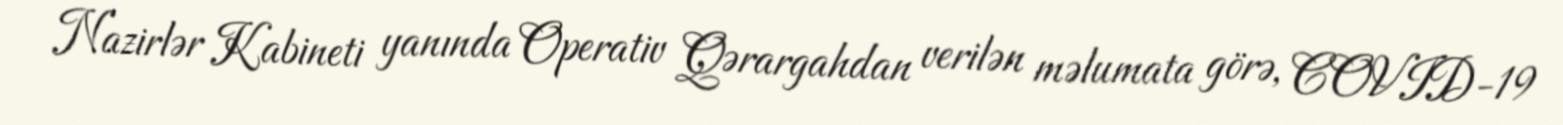
Nazirlər Kabineti yanında Operativ Qərargahdan verilən məlumata görə, COVID-19